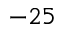
- 2 5